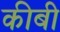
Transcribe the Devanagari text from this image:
कीबी